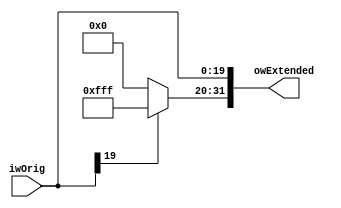
module sign_extend_20_32(input wire [19:0]iwOrig, output wire [31:0]owExtended);

assign owExtended[19:0] = iwOrig;
assign owExtended[31:20] = iwOrig[19] ? 12'hfff : 12'h000;

endmodule